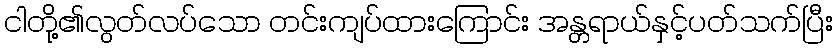
ငါတို့၏လွတ်လပ်သော တင်းကျပ်ထားကြောင်း အန္တရာယ်နှင့်ပတ်သက်ပြီး